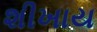
શીખાય